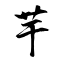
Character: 芋